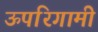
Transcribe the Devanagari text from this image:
ऊपरिगामी